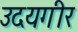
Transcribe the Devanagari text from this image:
उदयगीर